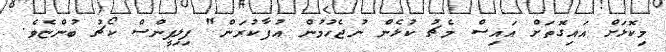
މިކޮޅަށް އައިގޮތަށް އައިސް މެޗު ކުޅެން ނުޖެހުމުން އުފާކުރަން" ފިލިޕީންސް ކޯޗު ބުންޏެވެ.